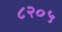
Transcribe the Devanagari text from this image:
८२०५